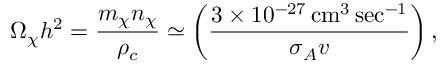
\Omega _ { \chi } h ^ { 2 } = { \frac { m _ { \chi } n _ { \chi } } { \rho _ { c } } } \simeq \left( { \frac { 3 \times 1 0 ^ { - 2 7 } \, \mathrm { c m } ^ { 3 } \, \mathrm { s e c } ^ { - 1 } } { \sigma _ { A } v } } \right) ,